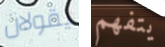
يقولان يتفهم